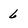
Character: 6